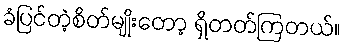
ခံပြင်တဲ့စိတ်မျိုးတော့ ရှိတတ်ကြတယ်။